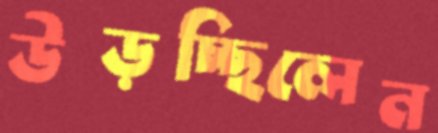
উড়চ্ছিলেন